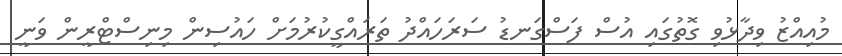
މުއިއްޒު ވިދާޅުވި ގޮތުގައި އުސް ފަސްގަނޑު ސަރަހައްދު ތަރައްގީކުރުމަށް ހައުސިން މިނިސްޓްރީން ވަނީ